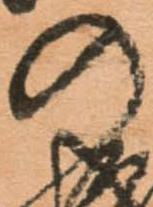
の